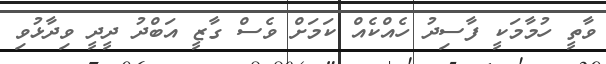
ވާތީ ހުމާމަކީ ފާސިދު ހެއްކެއް ކަމަށް ވެސް ގާޒީ އަބްދު ދީދީ ވިދާޅުވި